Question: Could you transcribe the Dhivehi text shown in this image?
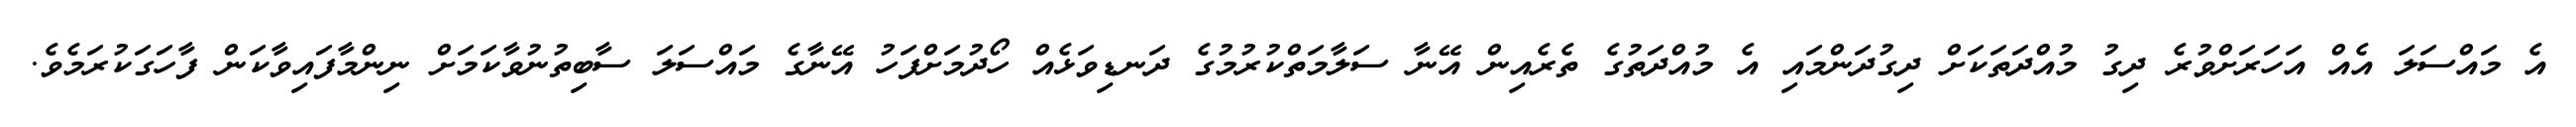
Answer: އެ މައްސަލަ އެއް އަހަރަށްވުރެ ދިގު މުއްދަތަކަށް ދިގުދަންމައި އެ މުއްދަތުގެ ތެރެއިން އޭނާ ސަލާމަތްކުރުމުގެ ދަނޑިވަޅެއް ހޯދުމަށްފަހު އޭނާގެ މައްސަލަ ސާބިތުނުވާކަމަށް ނިންމާފައިވާކަން ފާހަގަކުރަމެވެ.